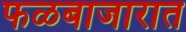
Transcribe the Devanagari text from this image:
फळबाजारात